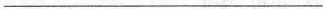
___